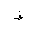
Letter: _fa